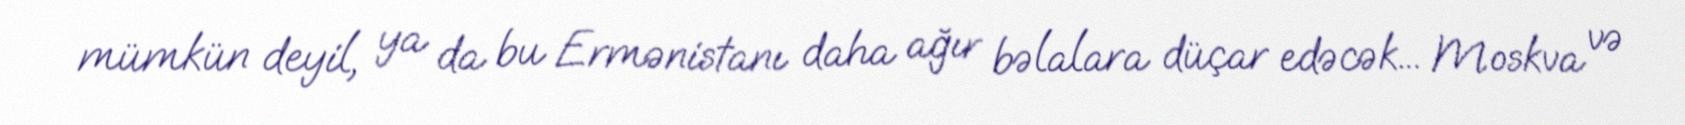
mümkün deyil, ya da bu Ermənistanı daha ağır bəlalara düçar edəcək... Moskva və